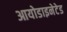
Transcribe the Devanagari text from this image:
आयोडाइनेटेड